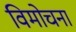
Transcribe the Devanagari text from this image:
विमोचना